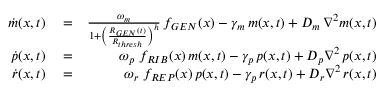
\begin{array} { r l r } { \dot { m } ( x , t ) } & { { } = } & { \frac { \omega _ { m } } { 1 + \left( \frac { R _ { G E N } ( t ) } { R _ { t h r e s h } } \right) ^ { h } } \, f _ { G E N } ( x ) - \gamma _ { m } \, m ( x , t ) + D _ { m } \, \nabla ^ { 2 } m ( x , t ) } \\ { \dot { p } ( x , t ) } & { { } = } & { \omega _ { p } \; f _ { R I B } ( x ) \, m ( x , t ) - \gamma _ { p } \, p ( x , t ) + D _ { p } \nabla ^ { 2 } \, p ( x , t ) } \\ { \dot { r } ( x , t ) } & { { } = } & { \omega _ { r } \; f _ { R E P } ( x ) \, p ( x , t ) - \gamma _ { p } \, r ( x , t ) + D _ { r } \nabla ^ { 2 } \, r ( x , t ) } \end{array}